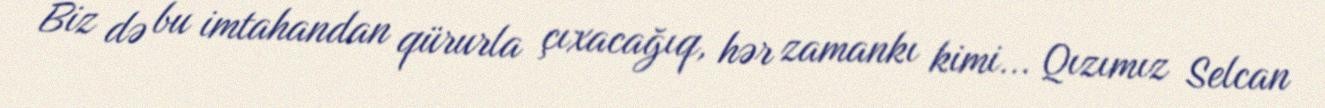
Biz də bu imtahandan qürurla çıxacağıq, hər zamankı kimi... Qızımız Selcan